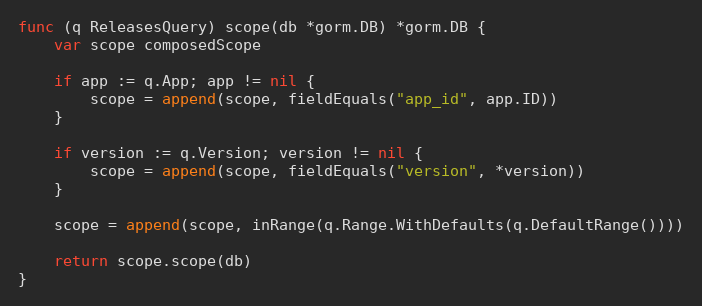
Language: Go
func (q ReleasesQuery) scope(db *gorm.DB) *gorm.DB {
	var scope composedScope

	if app := q.App; app != nil {
		scope = append(scope, fieldEquals("app_id", app.ID))
	}

	if version := q.Version; version != nil {
		scope = append(scope, fieldEquals("version", *version))
	}

	scope = append(scope, inRange(q.Range.WithDefaults(q.DefaultRange())))

	return scope.scope(db)
}